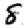
Digit: 8